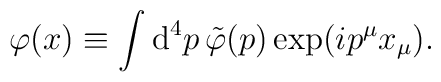
\varphi(x) \equiv \int \textrm{d}^4p\, \tilde\varphi(p) \exp(ip^\mu x_\mu).